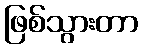
ဖြစ်သွားတာ